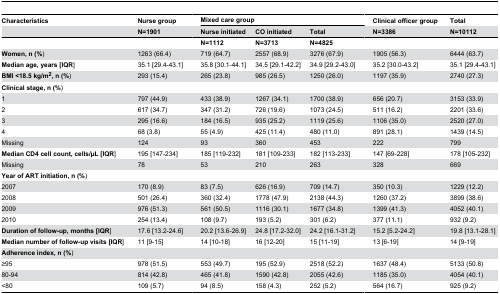
<table><thead><tr><td><b>Characteristics</b></td><td><b>Nurse group</b></td><td></td><td colspan="3"><b>Mixed care group</b></td><td></td><td><b>Clinical officer group</b></td><td></td><td><b>Total</b></td></tr><tr><td></td><td><b>N=1901</b></td><td></td><td><b>Nurse initiated</b></td><td><b>CO initiated</b></td><td><b>Total</b></td><td></td><td><b>N=3386</b></td><td></td><td><b>N=10112</b></td></tr></thead><tbody><tr><td></td><td></td><td></td><td><b>N=1112</b></td><td><b>N=3713</b></td><td><b>N=4825</b></td><td></td><td></td><td></td><td></td></tr><tr><td><b>Women, n (%</b>)</td><td>1263 (66.4)</td><td></td><td>719 (64.7)</td><td>2557 (68.9)</td><td>3276 (67.9)</td><td></td><td>1905 (56.3)</td><td></td><td>6444 (63.7)</td></tr><tr><td><b>Median age, years [IQR</b>]</td><td>35.1 [29.4-43.1]</td><td></td><td>35.8 [30.1-44.1]</td><td>34.5 [29.1-42.2]</td><td>34.9 [29.2-43.0]</td><td></td><td>35.2 [30.0-43.2]</td><td></td><td>35.1 [29.4-43.1]</td></tr><tr><td><b>BMI &lt;18.5 kg/m<sup>2</sup>, n (%</b>)</td><td>293 (15.4)</td><td></td><td>265 (23.8)</td><td>985 (26.5)</td><td>1250 (26.0)</td><td></td><td>1197 (35.9)</td><td></td><td>2740 (27.3)</td></tr><tr><td><b>Clinical stage, n (%</b>)</td><td></td><td></td><td></td><td></td><td></td><td></td><td></td><td></td><td></td></tr><tr><td>1</td><td>797 (44.9)</td><td></td><td>433 (38.9)</td><td>1267 (34.1)</td><td>1700 (38.9)</td><td></td><td>656 (20.7)</td><td></td><td>3153 (33.9)</td></tr><tr><td>2</td><td>617 (34.7)</td><td></td><td>347 (31.2)</td><td>726 (19.6)</td><td>1073 (24.5)</td><td></td><td>511 (16.2)</td><td></td><td>2201 (33.6)</td></tr><tr><td>3</td><td>295 (16.6)</td><td></td><td>184 (16.5)</td><td>935 (25.2)</td><td>1119 (25.6)</td><td></td><td>1106 (35.0)</td><td></td><td>2520 (27.0)</td></tr><tr><td>4</td><td>68 (3.8)</td><td></td><td>55 (4.9)</td><td>425 (11.4)</td><td>480 (11.0)</td><td></td><td>891 (28.1)</td><td></td><td>1439 (14.5)</td></tr><tr><td>Missing</td><td>124</td><td></td><td>93</td><td>360</td><td>453</td><td></td><td>222</td><td></td><td>799</td></tr><tr><td><b>Median CD4 cell count, cells/μL [IQR</b>]</td><td>195 [147-234]</td><td></td><td>185 [119-232]</td><td>181 [109-233]</td><td>182 [113-233]</td><td></td><td>147 [69-228]</td><td></td><td>178 [105-232]</td></tr><tr><td>Missing</td><td>78</td><td></td><td>53</td><td>210</td><td>263</td><td></td><td>328</td><td></td><td>669</td></tr><tr><td><b>Year of ART initiation, n (%</b>)</td><td></td><td></td><td></td><td></td><td></td><td></td><td></td><td></td><td></td></tr><tr><td>2007</td><td>170 (8.9)</td><td></td><td>83 (7.5)</td><td>626 (16.9)</td><td>709 (14.7)</td><td></td><td>350 (10.3)</td><td></td><td>1229 (12.2)</td></tr><tr><td>2008</td><td>501 (26.4)</td><td></td><td>360 (32.4)</td><td>1778 (47.9)</td><td>2138 (44.3)</td><td></td><td>1260 (37.2)</td><td></td><td>3899 (38.6)</td></tr><tr><td>2009</td><td>976 (51.3)</td><td></td><td>561 (50.5)</td><td>1116 (30.1)</td><td>1677 (34.8)</td><td></td><td>1399 (41.3)</td><td></td><td>4052 (40.1)</td></tr><tr><td>2010</td><td>254 (13.4)</td><td></td><td>108 (9.7)</td><td>193 (5.2)</td><td>301 (6.2)</td><td></td><td>377 (11.1)</td><td></td><td>932 (9.2)</td></tr><tr><td><b>Duration of follow-up, months [IQR</b>]</td><td>17.6 [13.2-24.6]</td><td></td><td>20.2 [13.6-26.9]</td><td>24.8 [17.2-32.0]</td><td>24.2 [16.1-31.2]</td><td></td><td>15.2 [5.2-24.2]</td><td></td><td>19.8 [13.1-28.1]</td></tr><tr><td><b>Median number of follow-up visits [IQR</b>]</td><td>11 [9-15]</td><td></td><td>14 [10-18]</td><td>16 [12-20]</td><td>15 [11-19]</td><td></td><td>13 [6-19]</td><td></td><td>14 [9-19]</td></tr><tr><td><b>Adherence index, n (%</b>)</td><td></td><td></td><td></td><td></td><td></td><td></td><td></td><td></td><td></td></tr><tr><td>≥95</td><td>978 (51.5)</td><td></td><td>553 (49.7)</td><td>195 (52.9)</td><td>2518 (52.2)</td><td></td><td>1637 (48.4)</td><td></td><td>5133 (50.8)</td></tr><tr><td>80-94</td><td>814 (42.8)</td><td></td><td>465 (41.8)</td><td>1590 (42.8)</td><td>2055 (42.6)</td><td></td><td>1185 (35.0)</td><td></td><td>4054 (40.1)</td></tr><tr><td> &lt;80</td><td>109 (5.7)</td><td></td><td>94 (8.5)</td><td>158 (4.3)</td><td>252 (5.2)</td><td></td><td>564 (16.7)</td><td></td><td>925 (9.2)</td></tr></tbody></table>